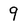
Character: 9